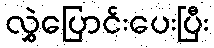
လွှဲပြောင်းပေးပြီး